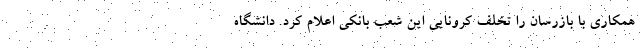
همکاری با بازرسان را تخلف کرونایی این شعب بانکی اعلام کرد. دانشگاه